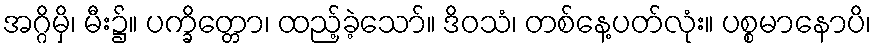
အဂ္ဂိမှိ၊ မီး၌။ ပက္ခိတ္တော၊ ထည့်ခဲ့သော်။ ဒိဝသံ၊ တစ်နေ့ပတ်လုံး။ ပစ္စမာနောပိ၊